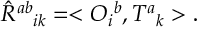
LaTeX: \hat { R } ^ { a b } { } _ { i k } = < O _ { i } { } ^ { b } , T ^ { a } { } _ { k } > .